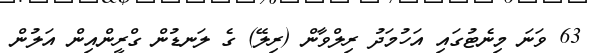
63 ވަނަ މިނެޓުގައި އަހުމަދު ރިލްވާން (ރިލޭ) ގެ ލަނޑުން ގްރީންއިން އަލުން